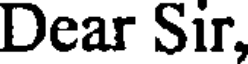
Dear Sir,